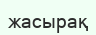
жасырақ